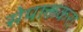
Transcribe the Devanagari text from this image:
सेपाक्तकरा